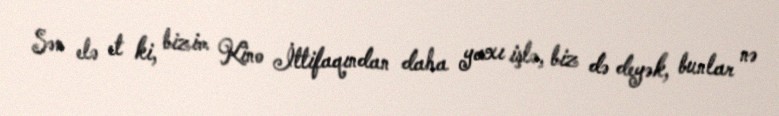
Sən elə et ki, bizim Kino İttifaqından daha yaxı işlə, biz də deyək, bunlar nə